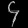
Digit: ၄